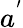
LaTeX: a^{'}